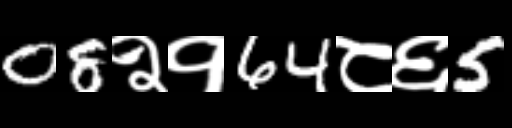
Text: 08२१64८६5